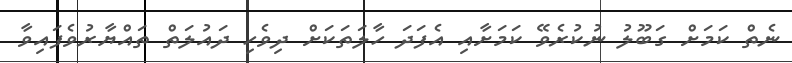
ނެތް ކަމަށް ގަބޫލު ނުކުރެވޭ ކަމަށާއި އެފަދަ ހާލަތަކަށް ދިވެހި ދައުލަތް ތައްޔާރުވެފައިވާ